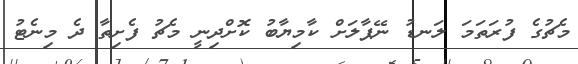
މެޗުގެ ފުރަތަމަ ލަނޑު ނޭޕާލަށް ކާމިޔާބު ކޮށްދިނީ މެޗު ފެށިތާ ދެ މިނެޓު